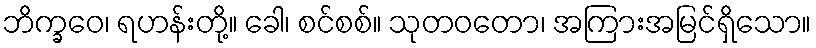
ဘိက္ခဝေ၊ ရဟန်းတို့။ ခေါ၊ စင်စစ်။ သုတဝတော၊ အကြားအမြင်ရှိသော။